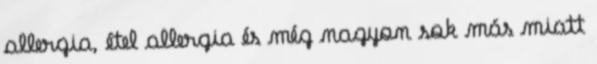
allergia, étel allergia és még nagyon sok más miatt